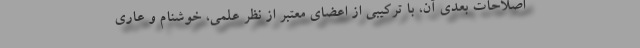
اصلاحات بعدی آن، با ترکیبی از اعضای معتبر از نظر علمی، خوشنام و عاری